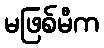
မဖြစ်မီက